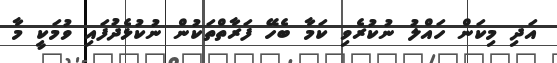
އަދި މިކަން ހައްލު ނުކުރެވި ކަމާ ބެހޭ ފަރާތްތަކުން ނުކުޅެދުފައި ވުމަކީ މާ